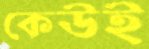
কেউই